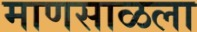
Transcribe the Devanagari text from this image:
माणसाळला